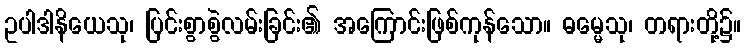
ဥပါဒါနိယေသု၊ ပြင်းစွာစွဲလမ်းခြင်း၏ အကြောင်းဖြစ်ကုန်သော။ ဓမ္မေသု၊ တရားတို့၌။